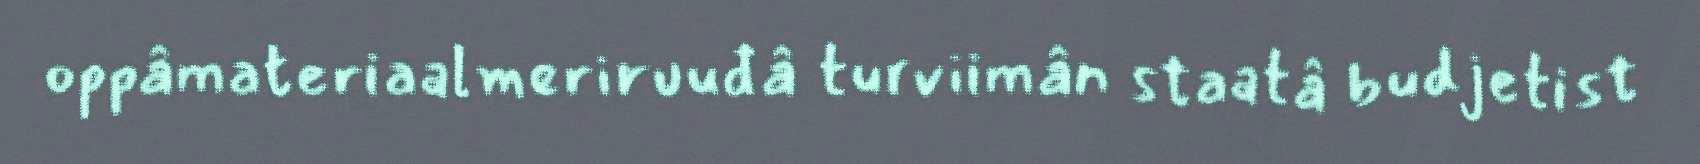
oppâmateriaalmeriruuđâ turviimân staatâ budjetist